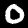
Digit: 0